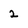
Character: 2